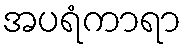
အပရံကာရာ